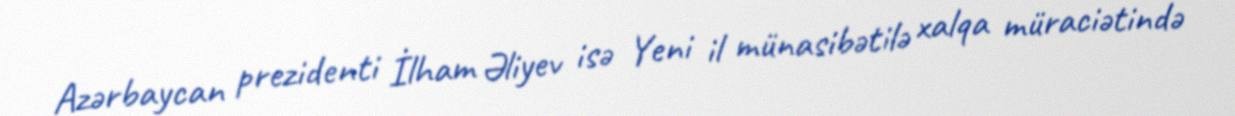
Azərbaycan prezidenti İlham Əliyev isə Yeni il münasibətilə xalqa müraciətində